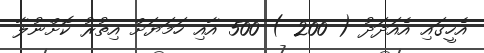
އެހީގައި އެއަދަދު ( 200 ) 500 އާއި ހަމަޔަށް އިތުރު ކޮށްނުލާ